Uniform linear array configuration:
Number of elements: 32
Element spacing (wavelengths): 0.75
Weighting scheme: exponential
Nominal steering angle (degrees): -30
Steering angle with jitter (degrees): -29.627
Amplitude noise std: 0.05
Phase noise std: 0.05

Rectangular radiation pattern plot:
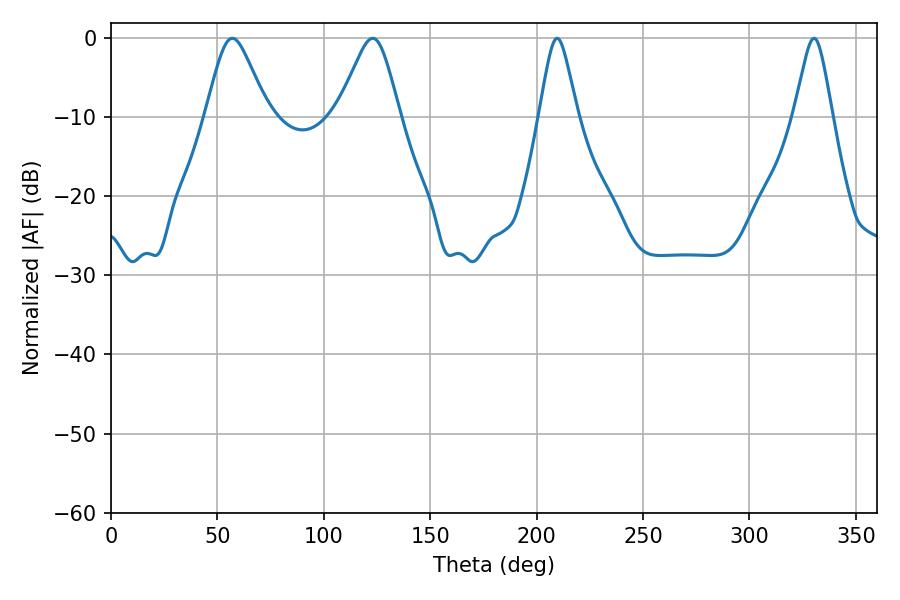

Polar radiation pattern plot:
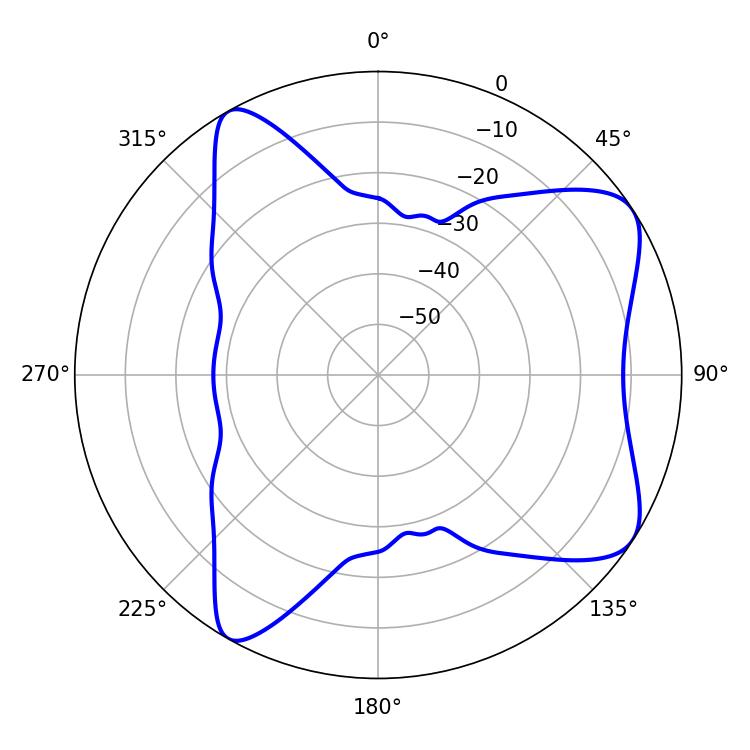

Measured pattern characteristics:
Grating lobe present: TRUE
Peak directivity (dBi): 7.677
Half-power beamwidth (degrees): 14.04
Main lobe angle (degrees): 57.06